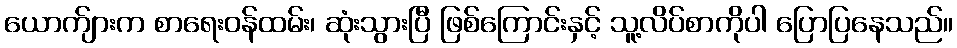
ယောက်ျားက စာရေးဝန်ထမ်း၊ ဆုံးသွားပြီ ဖြစ်ကြောင်းနှင့် သူ့လိပ်စာကိုပါ ပြောပြနေသည်။